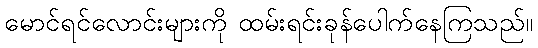
မောင်ရင်လောင်းများကို ထမ်းရင်းခုန်ပေါက်နေကြသည်။